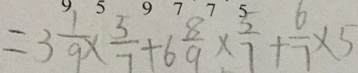
= 3 \frac { 1 } { 9 } \times \frac { 5 } { 7 } + 6 \frac { 8 } { 9 } \times \frac { 5 } { 7 } + \frac { 6 } { 7 } \times 5